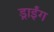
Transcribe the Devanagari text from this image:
ड्राईंग